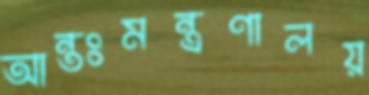
আন্তঃমন্ত্রণালয়